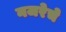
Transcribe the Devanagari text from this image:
नजरेचे